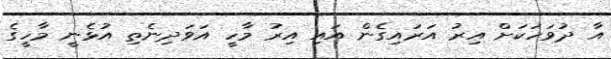
އާ ދުވަހަކަށް އިރު އަރައިގެން އައި އިރު މާހީ އަވަދިނެތި އުޅެނީ މާހީގެ